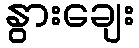
နွားချေး